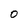
Character: 0